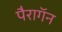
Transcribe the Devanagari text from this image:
पैरागॅन